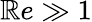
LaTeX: \mathbb{R}e\gg1